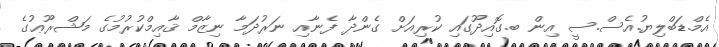
އެމް.ޑަބްލިޔު.އެސް.ސީ އިން ބ.ގޮއިދޫގައި ކުރިއަށް ގެންދާ ފެނާއި ނަރުދަމާ ނިޒާމް ޤާއިމްކުރުމުގެ މަޝްރޫޢުގެ